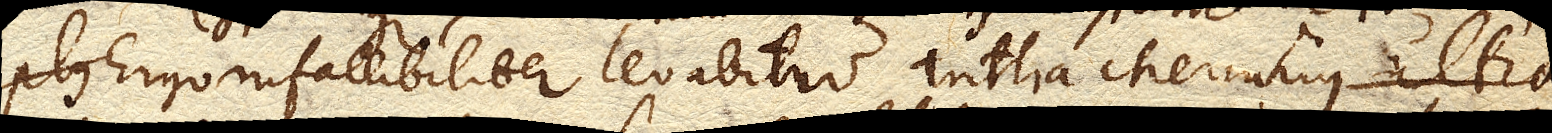
plus Ergo infallibiliter levabitur antlia Mercurius ultra